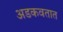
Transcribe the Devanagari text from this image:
अडकवतात